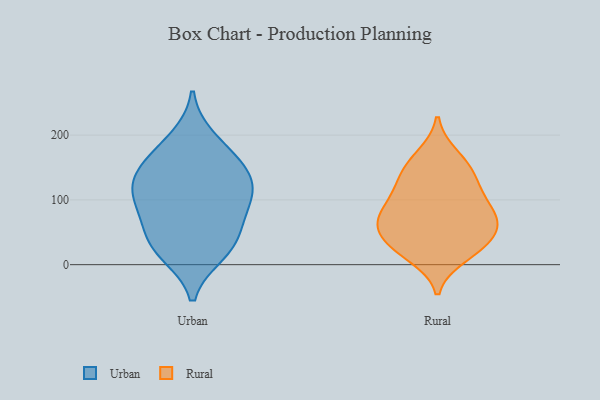
{"axis": {"x": "LTV (USD)", "y": "Value"}, "legend": ["Rural", "Urban"], "data": [{"x": "", "y": 156, "type": "Urban"}, {"x": "", "y": 195, "type": "Urban"}, {"x": "", "y": 109, "type": "Urban"}, {"x": "", "y": 79, "type": "Urban"}, {"x": "", "y": 17, "type": "Urban"}, {"x": "", "y": 131, "type": "Urban"}, {"x": "", "y": 21, "type": "Urban"}, {"x": "", "y": 111, "type": "Urban"}, {"x": "", "y": 95, "type": "Urban"}, {"x": "", "y": 167, "type": "Urban"}, {"x": "", "y": 137, "type": "Urban"}, {"x": "", "y": 50, "type": "Urban"}, {"x": "", "y": 40, "type": "Urban"}, {"x": "", "y": 71, "type": "Rural"}, {"x": "", "y": 70, "type": "Rural"}, {"x": "", "y": 108, "type": "Rural"}, {"x": "", "y": 75, "type": "Rural"}, {"x": "", "y": 64, "type": "Rural"}, {"x": "", "y": 125, "type": "Rural"}, {"x": "", "y": 101, "type": "Rural"}, {"x": "", "y": 14, "type": "Rural"}, {"x": "", "y": 141, "type": "Rural"}, {"x": "", "y": 33, "type": "Rural"}, {"x": "", "y": 29, "type": "Rural"}, {"x": "", "y": 28, "type": "Rural"}, {"x": "", "y": 153, "type": "Rural"}, {"x": "", "y": 168, "type": "Rural"}, {"x": "", "y": 59, "type": "Rural"}]}